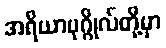
အရိယာပုဂ္ဂိုလ်တို့မှာ